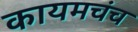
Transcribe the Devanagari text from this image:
कायमचंच